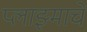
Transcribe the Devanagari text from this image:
प्लाझ्माचे